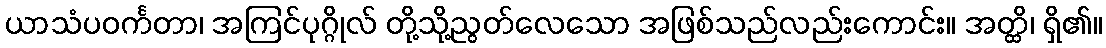
ယာသံပဝင်္ကတာ၊ အကြင်ပုဂ္ဂိုလ် တို့သို့ညွတ်လေသော အဖြစ်သည်လည်းကောင်း။ အတ္ထိ၊ ရှိ၏။